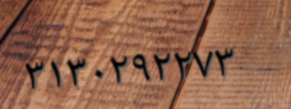
٣١٣٠٢٩٢٢٧٣